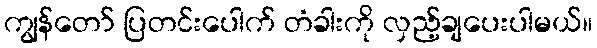
ကျွန်တော် ပြတင်းပေါက် တံခါးကို လှည့်ချပေးပါမယ်။